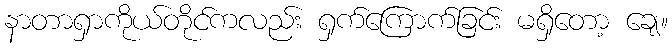
နာတာရှာကိုယ်တိုင်ကလည်း ရှက်ကြောက်ခြင်း မရှိတော့ ချေ။